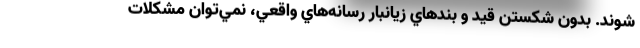
شوند. بدون شكستن قيد و بندهاي زيانبار رسانه‌هاي واقعي، نمي‌توان مشكلات